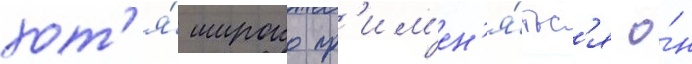
хот'я́ широко пр'им'ен'я́тьс'я о́н